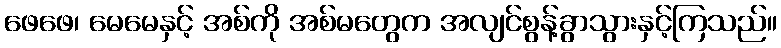
ဖေဖေ၊ မေမေနှင့် အစ်ကို အစ်မတွေက အလျင်စွန့်ခွာသွားနှင့်ကြသည်။